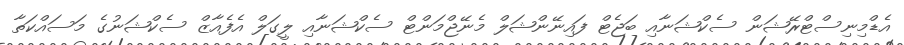
އެޑްމިނިސްޓްރޭޝަން ސެކްޝަނާއި ބަޖެޓް ފައިނޭންޝަލް މެނޭޖްމަންޓް ސެކްޝަނާއި ލީގަލް އެފެއާޒް ސެކްޝަނުގެ މަސައްކަތާ